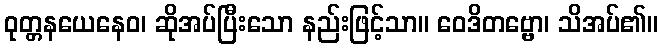
ဝုတ္တနယေနေဝ၊ ဆိုအပ်ပြီးသော နည်းဖြင့်သာ။ ဝေဒိတဗ္ဗော၊ သိအပ်၏။